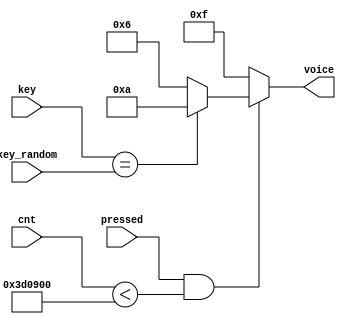
`timescale 1ns / 1ps
//////////////////////////////////////////////////////////////////////////////////
// Company: 
// Engineer: 
// 
// Design Name: 
// Module Name:    change_key 
// Project Name: 
// Target Devices: 
// Tool versions: 
// Description: 
//
// Dependencies: 
//
// Revision: 
// Revision 0.01 - File Created
// Additional Comments: 
//
//////////////////////////////////////////////////////////////////////////////////
module change_voice(voice, key, key_random, pressed, cnt
    );
input pressed;
input [3:0]key_random,key;
output reg[3:0]voice;
input [25:0]cnt;

always@*
	begin
		if(pressed==1 && cnt<4000000)
			begin
			if(key==key_random)
				voice=4'hA;
			else
				voice=4'd6;
			end
			
		else
			voice=4'hF;
	end

endmodule